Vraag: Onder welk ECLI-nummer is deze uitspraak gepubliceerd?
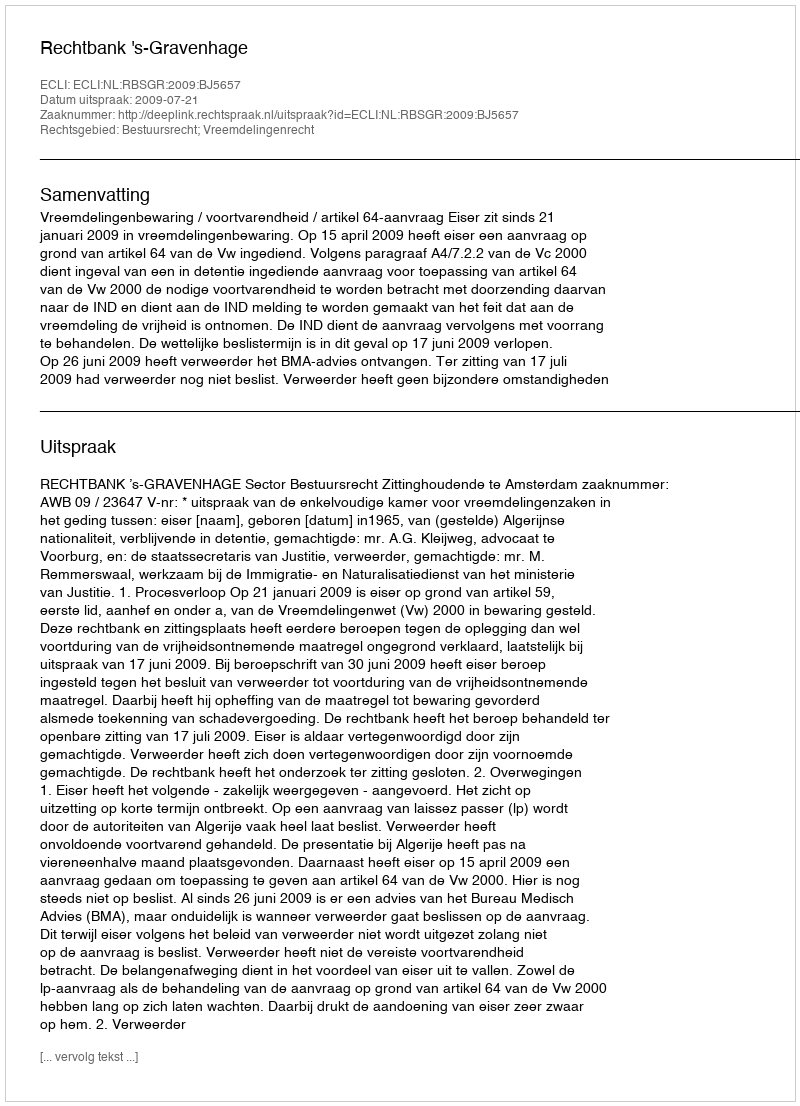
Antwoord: ECLI:NL:RBSGR:2009:BJ5657